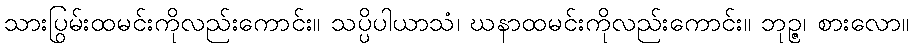
သားပြွမ်းထမင်းကိုလည်းကောင်း။ သပ္ပိပါယာသံ၊ ဃနာထမင်းကိုလည်းကောင်း။ ဘုဉ္ဇ၊ စားလော။